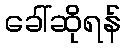
ခေါ်ဆိုရန်